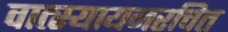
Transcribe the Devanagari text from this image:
वात्स्यायनरचित